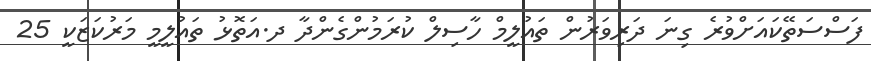
ފަސްސަތޭކައަށްވުރެ ގިނަ ދަރިވަރުން ތައުލީމް ހާސިލް ކުރަމުންގެންދާ ދ.އަތޮޅު ތައުލީމީ މަރުކަޒަކީ 25